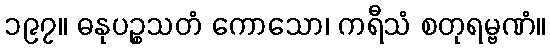
၁၉၇။ ဓနုပဉ္စသတံ ကောသော၊ ကရီသံ စတုရမ္ဗဏံ။